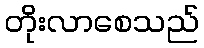
တိုးလာစေသည်